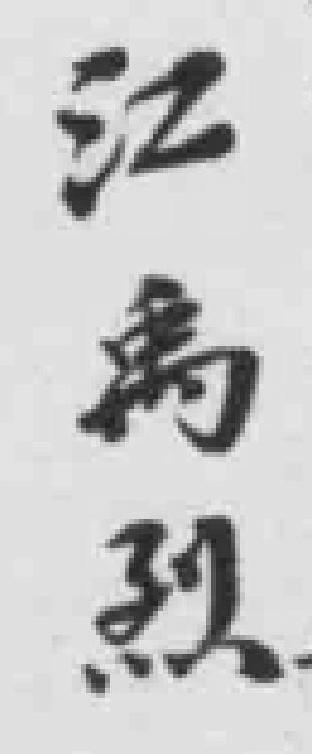
江禹烈